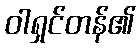
ဝါရှင်တန်၏